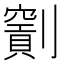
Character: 𠠖